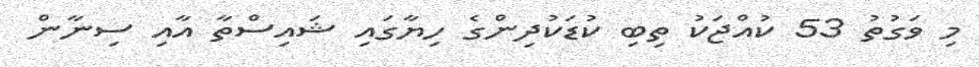
މި ވަގުތު 53 ކުއްޖަކު ތިބި ކުޑަކުދިންގެ ހިޔާގައި ޝައިސްތާ އާއި ސިނާން